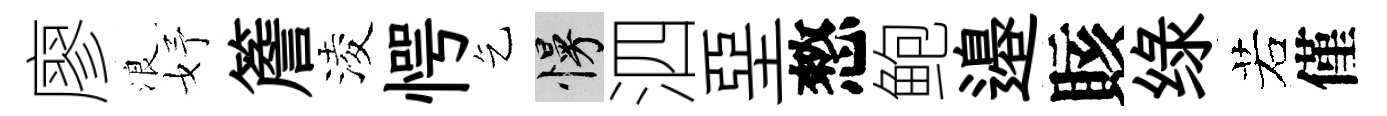
廖浪妤簷淩愕乞慢泗堊憗鲍邉賅绿若僅